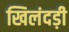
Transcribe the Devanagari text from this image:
खिलंदड़ी